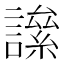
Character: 𧬀